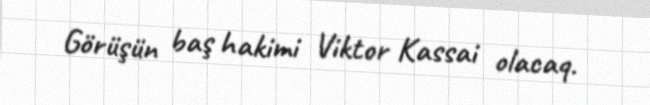
Görüşün baş hakimi Viktor Kassai olacaq.